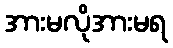
အားမလိုအားမရ